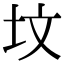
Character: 坟